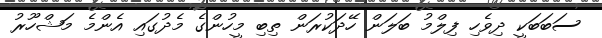
ސަބަބަކީ ދިވެހި ފިލްމު ބަލަން ހޭދަކުރަން ތިބި މީހުންގެ މެދުގައި އެންމެ މަޝްހޫރު